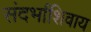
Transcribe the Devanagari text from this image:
संदर्भाशिवाय